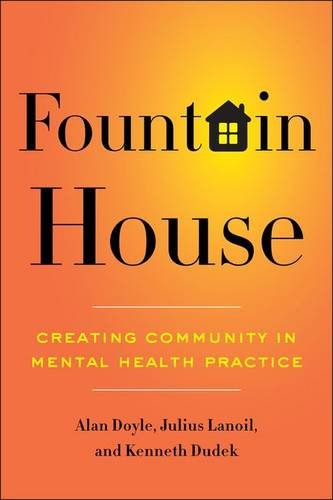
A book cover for Fountain House: Creating Community in Mental Health Practice; Alan Doyle; Medical Books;